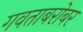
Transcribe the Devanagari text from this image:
गवताबरोबर